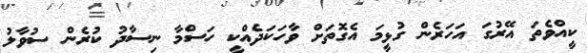
ކީއްވެތަ އޭރުގަ އަހަރެން ގުޅީމަ އެގޮތަށް ވާހަކަދެއްކީ ހަސްމާ ނިސާދު ކުރެން ސުވާލު